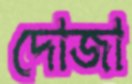
দোজা